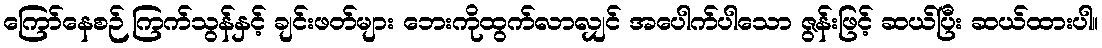
ကြော်နေစဉ် ကြက်သွန်နှင့် ချင်းဖတ်များ ဘေးကိုထွက်လာလျှင် အပေါက်ပါသော ဇွန်းဖြင့် ဆယ်ပြီး ဆယ်ထားပါ။